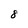
Character: 8